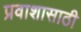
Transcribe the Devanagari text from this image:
प्रवाशासाठी